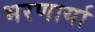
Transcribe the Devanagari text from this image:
भरणार्या